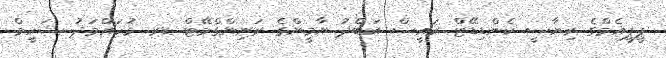
ޕީޕީއެމްގެ ރިޔާސީ ކެންޑިޑޭޓް ރައީސް އަބްދު ޔާމީންގެ ރަނިންގްމޭޓް ޑރ. މުހައްމަދު ޝަހީމް